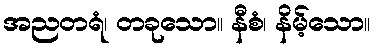
အညတရံ၊ တခုသော။ နီစံ၊ နိမ့်သော။